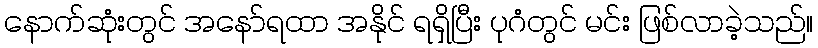
နောက်ဆုံးတွင် အနော်ရထာ အနိုင် ရရှိပြီး ပုဂံတွင် မင်း ဖြစ်လာခဲ့သည်။